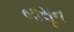
બાસૂન